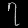
Digit: ၇